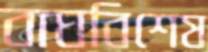
বাঘবিশেষ